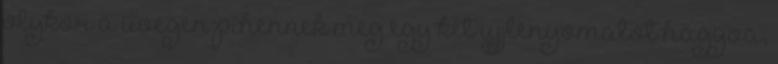
olykor a üvegen pihennek meg egy két ujjlenyomatot hagyva,